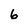
Character: 6